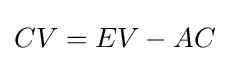
{\begin{aligned}CV=EV-AC\end{aligned}}